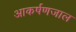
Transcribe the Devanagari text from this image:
आकर्षणजाल